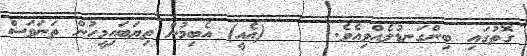
ގޮތުގައި ބިންގަނޑުލެއްވިއެވެ.     (އެއީ) އެބިމުން ތިޔަބައިމީހުން ތަނަވަސް